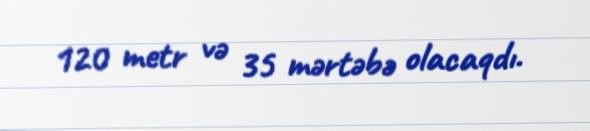
120 metr və 35 mərtəbə olacaqdı.